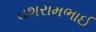
વશરામભાઈ